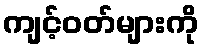
ကျင့်ဝတ်များကို